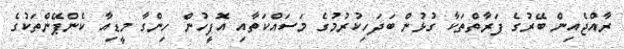
ރާއްޖެއިން ބޭރުގެ ފަރާތްތަކާ ގުޅުން ބަދަހިކުރުމުގެ މަސައްކަތާއި އޮފީހުން ހިންގާ މީޑިއާ ކެންޕޭންތަކުގެ